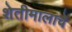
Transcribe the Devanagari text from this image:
शेतीमालाचे